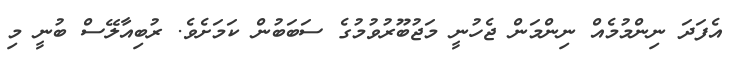
އެފަދަ ނިންމުމެއް ނިންމަން ޖެހުނީ މަޖުބޫރުވުމުގެ ސަބަބުން ކަމަށެވެ. ރުބިއާލޭސް ބުނީ މި